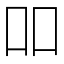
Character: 吅